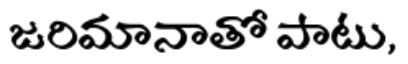
జరిమానాతో పాటు,